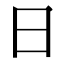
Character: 日